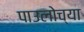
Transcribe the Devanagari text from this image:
पाउलोच्या